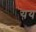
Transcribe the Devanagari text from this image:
यय